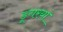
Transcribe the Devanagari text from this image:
डूंगरयां